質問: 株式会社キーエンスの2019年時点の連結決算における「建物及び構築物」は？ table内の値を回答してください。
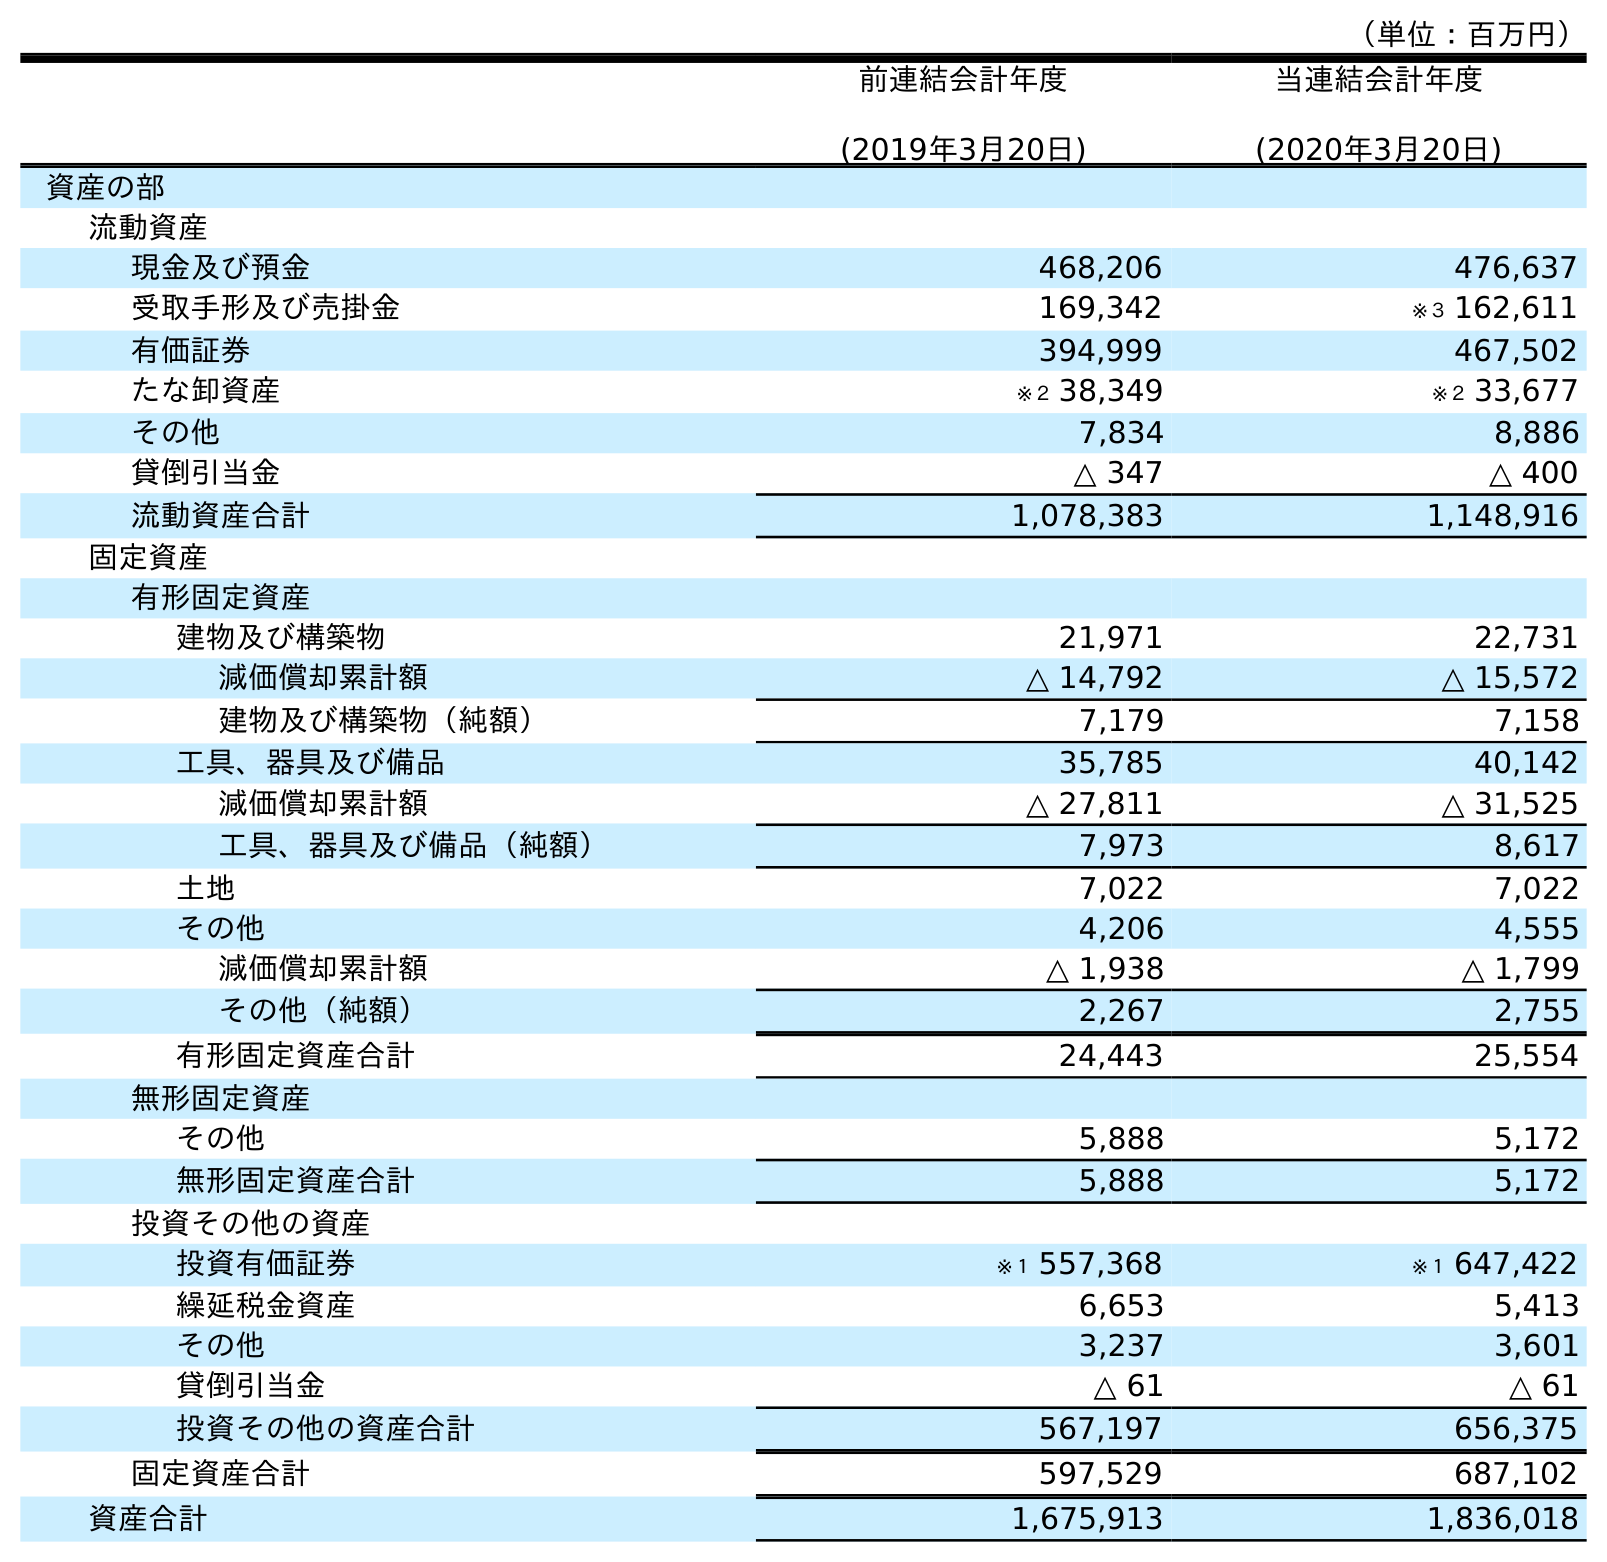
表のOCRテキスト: （単位：百万円） 前連結会計年度 (2019年3月20日) 当連結会計年度 (2020年3月20日) 資産の部 流動資産 現金及び預金 468,206 476,637 受取手形及び売掛金 169,342 ※３ 162,611 有価証券 394,999 467,502 たな卸資産 ※２ 38,349 ※２ 33,677 その他 7,834 8,886 貸倒引当金 △ 347 △ 400 流動資産合計 1,078,383 1,148,916 固定資産 有形固定資産 建物及び構築物 21,971 22,731 減価償却累計額 △ 14,792 △ 15,572 建物及び構築物（純額） 7,179 7,158 工具、器具及び備品 35,785 40,142 減価償却累計額 △ 27,811 △ 31,525 工具、器具及び備品（純額） 7,973 8,617 土地 7,022 7,022 その他 4,206 4,555 減価償却累計額 △ 1,938 △ 1,799 その他（純額） 2,267 2,755 有形固定資産合計 24,443 25,554 無形固定資産 その他 5,888 5,172 無形固定資産合計 5,888 5,172 投資その他の資産 投資有価証券 ※１ 557,368 ※１ 647,422 繰延税金資産 6,653 5,413 その他 3,237 3,601 貸倒引当金 △ 61 △ 61 投資その他の資産合計 567,197 656,375 固定資産合計 597,529 687,102 資産合計 1,675,913 1,836,018
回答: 21,971